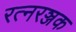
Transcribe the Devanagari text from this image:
रत्नरञ्जक